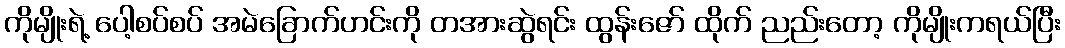
ကိုမျိုးရဲ့ ပေါ့စပ်စပ် အမဲခြောက်ဟင်းကို တအားဆွဲရင်း ထွန်းဇော် ထိုက် ညည်းတော့ ကိုမျိုးကရယ်ပြီး